Board of Education Examinations in Art and in Science and Technology, and Examinations of the City and Guilds of London Institute, 1916, 1916
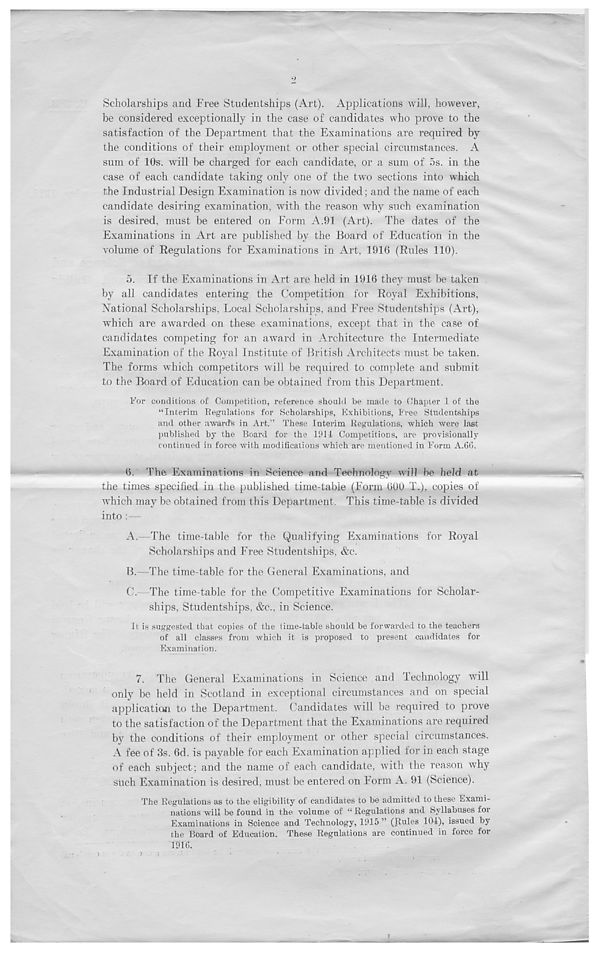
Scholarships and Free Studentships (Art). Applications will, however,
be considered exceptionally in the case of candidates who prove to the
satisfaction of the Department that the Examinations are required by
the conditions of their employment or other special circumstances. A
sum of 10s. will be charged for each candidate, or a sum of 5s. in the
case of each candidate taking onA one of the two sections into which
the Industrial Design Examination is now divided; and the name of each
candidate desiring examination, with the reason why such examination
is desired, must be entered on Form A.91 (Art). The dates of the
Examinations in Art are published by the Board of Education in the
volume of Regulations for Examinations in Art, 1916 (Rules 110).
5.
If the Examinations in Art are held
by all candidates entering the Competition for Royal Exhibitions,
National Scholarships, Local Scholarships, and Free Studentships (Art),
which are awarded on these examinations, except that in the case of
candidates competing for an award in Architecture the Intermediate
Examination of the Royal Institute of British Architects must be taken.
The forms which competitors will be required to complete and submit
to the Board of Education can be obtained from this Department.
For conditions of Competition, reference should be made to Chapter 1 of the
“Interim Regulations for Scholarships, Exhibitions, Free Studentships
and other awards in Art.” These Interim Regulations, which were last
published by the Board for the 1914 Competitions, are provisionally
continued in force with modifications which are mentioned in Form A.6t>.
6.
The Examinations in Science and
the times specified in the published time-table (Form 00U T.), copies of
which may be obtained from this Department. This time-table is divided
into :—
A.
—The time-table for the Qualifyi
Scholarships and Free Studentships, &c.
B.
—The time-table for the General Exa
C.
—The time-table for the Competitiv
ships, Studentships, &c., in Science.
It is suggested that copies of the time-table should be forwarded to the teachers
of all classes from which it is proposed to present candidates for
Examination.
7.
The General Examinations i
only be held in Scotland in exceptional circumstances and on special
application to the Department. Candidates will be required to prove
to the satisfaction of the Department that the Examinations are required
by the conditions of their employment or other special circumstances.
A fee of 3s. 6d. is payable for each Examination applied for in each stage
of each subject; and the name of each candidate, with the reason why
such Examination is desired, must be entered on Form A. 91 (Science).
The Regulations as to the eligibility of candidates to be admitted to these Exami-
nations will be found in the volume of “ Regulations and Syllabuses for
Examinations in Science and Technology, 1915 ” (Rules 104), issued by
the Board of Education. These Regulations are continued in force for
1916.